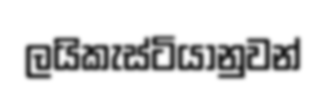
ලයිකැස්ටියානුවන්